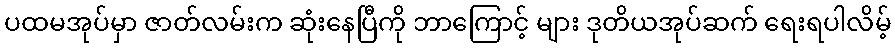
ပထမအုပ်မှာ ဇာတ်လမ်းက ဆုံးနေပြီကို ဘာကြောင့် များ ဒုတိယအုပ်ဆက် ရေးရပါလိမ့်